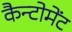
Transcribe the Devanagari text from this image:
कैन्‍टोमेंट